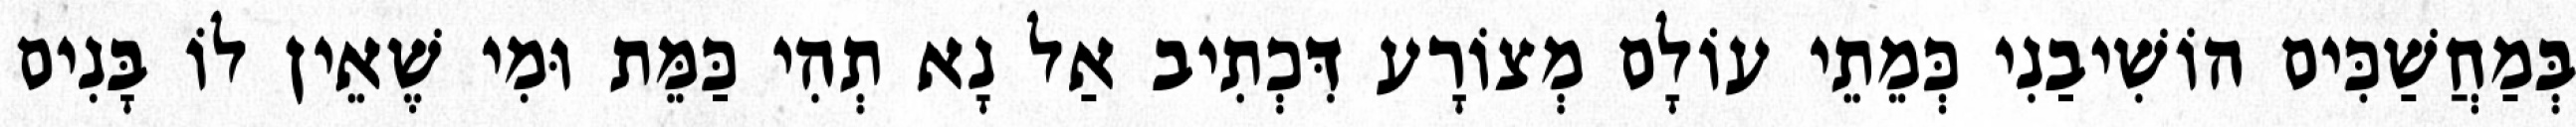
בְּמַחֲשַׁכִּים הוֹשִׁיבַנִי כְּמֵתֵי עוֹלָם מְצוֹרָע דִּכְתִיב אַל נָא תְהִי כַּמֵּת וּמִי שֶׁאֵין לוֹ בָּנִים